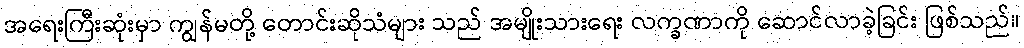
အရေးကြီးဆုံးမှာ ကျွန်မတို့ တောင်းဆိုသံများ သည် အမျိုးသားရေး လက္ခဏာကို ဆောင်လာခဲ့ခြင်း ဖြစ်သည်။